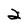
Character: 2